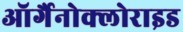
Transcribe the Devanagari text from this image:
ऑर्गैनोक्लोराइड